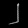
Digit: ၂